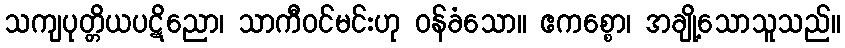
သကျပုတ္တိယပဋိညော၊ သာကီဝင်မင်းဟု ဝန်ခံသော။ ဧကစ္စော၊ အချို့သောသူသည်။